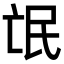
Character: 氓